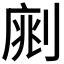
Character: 𠝡